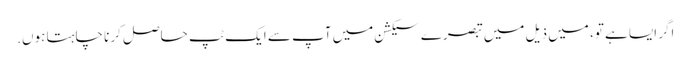
اگر ایسا ہے تو، میں ذیل میں تبصرے سیکشن میں آپ سے ایک ٹپ حاصل کرنا چاہتا ہوں.